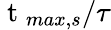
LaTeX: \mathrm{~t~}_{max,s}/\tau